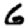
Digit: 6